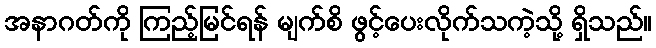
အနာဂတ်ကို ကြည့်မြင်ရန် မျက်စိ ဖွင့်ပေးလိုက်သကဲ့သို့ ရှိသည်။